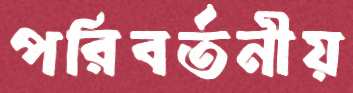
পরিবর্তনীয়